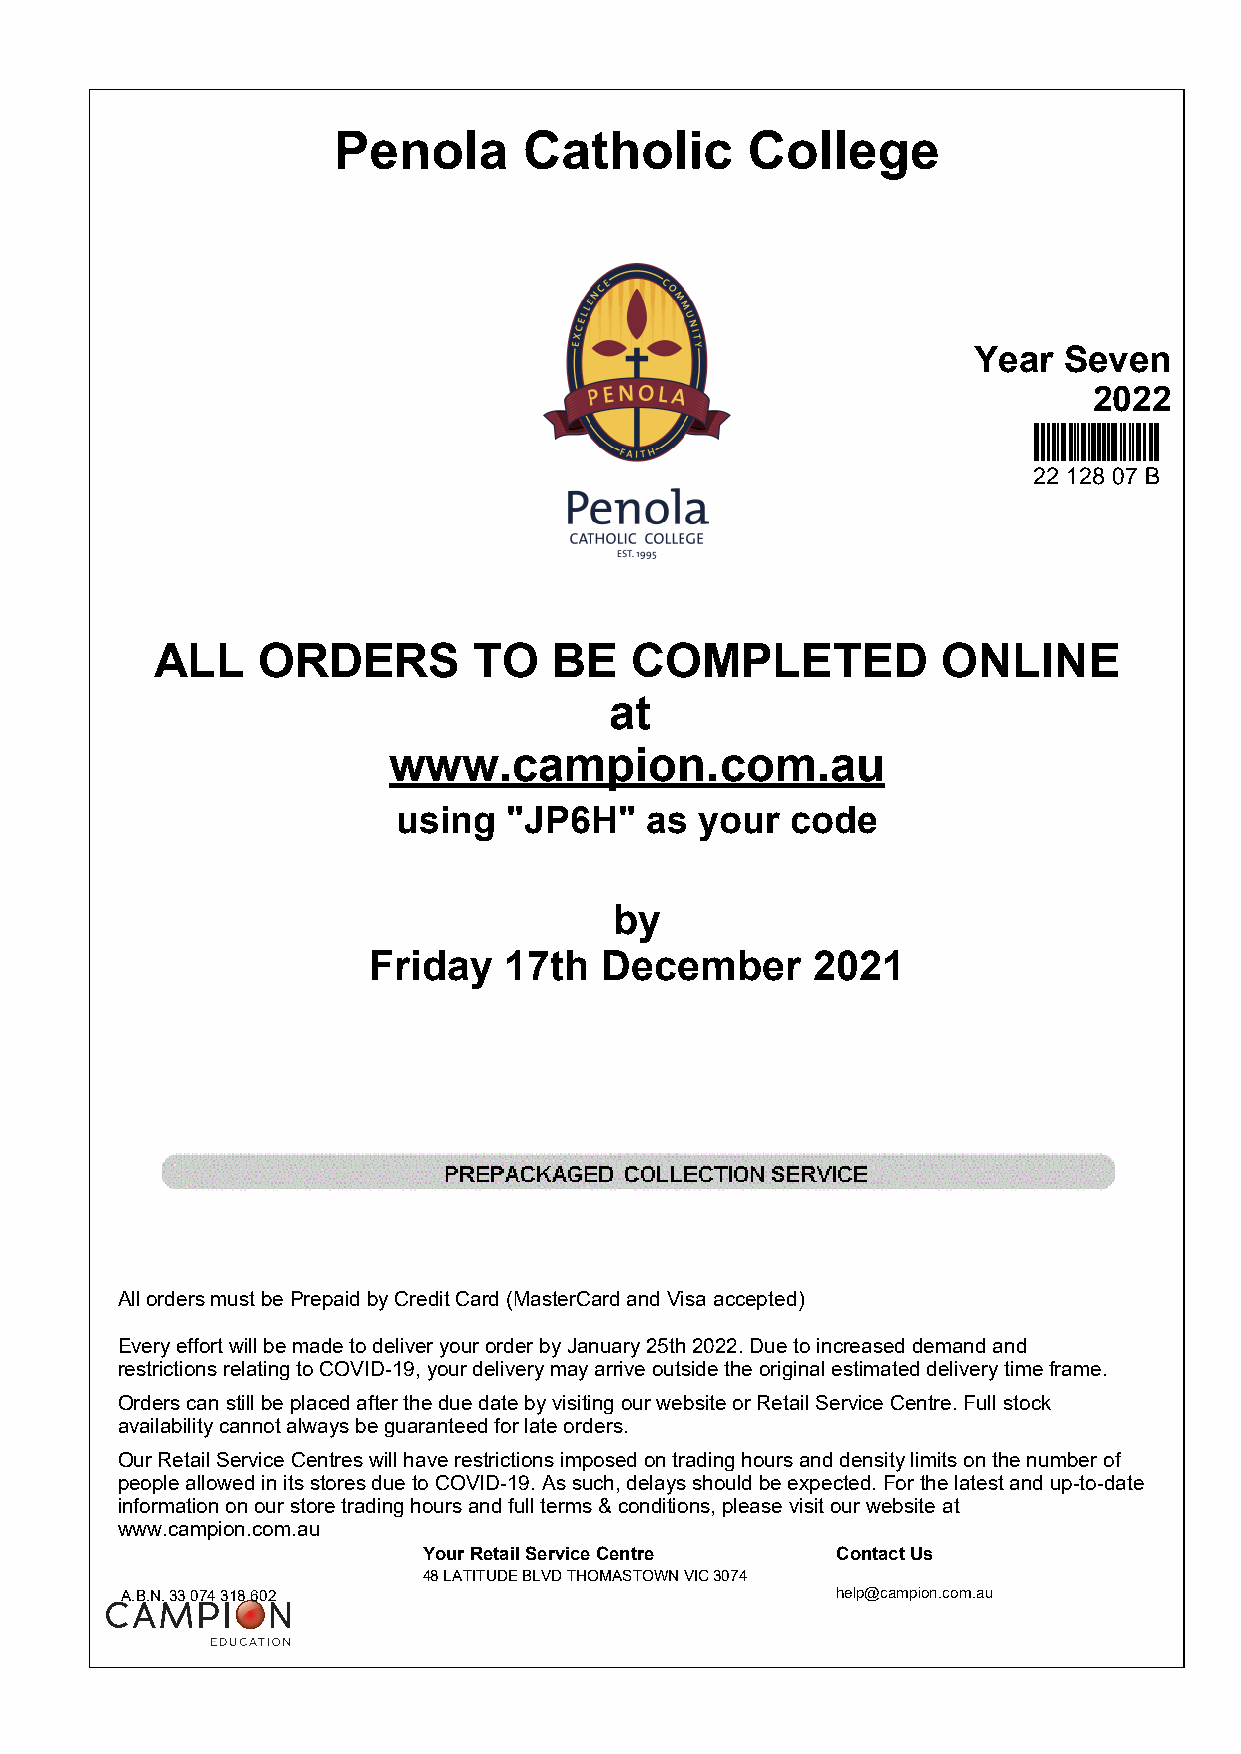
Penola       Catholic      College
 Year  Seven
 2022
 ALL    ORDERS        TO    BE   COMPLETED           ONLINE
 at
 www.campion.com.au
 using  "JP6H"    as your  code
 by
 Friday   17th   December      2021
 All orders must be Prepaid by Credit Card (MasterCard and Visa accepted)
 Every effort will be made to deliver your order by January 25th 2022. Due to increased demand and
 restrictions relating to COVID-19, your delivery may arrive outside the original estimated delivery time frame.
 Orders can still be placed after the due date by visiting our website or Retail Service Centre. Full stock
 availability cannot always be guaranteed for late orders.
 Our Retail Service Centres will have restrictions imposed on trading hours and density limits on the number of
 people allowed in its stores due to COVID-19. As such, delays should be expected. For the latest and up-to-date
 information on our store trading hours and full terms & conditions, please visit our website at
 www.campion.com.au
 Your Retail Service Centre Contact Us
 48 LATITUDE BLVD THOMASTOWN VIC 3074
 A.B.N. 33 074 318 602                          help@campion.com.au